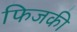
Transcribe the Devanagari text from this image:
फिजकी